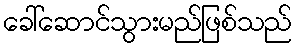
ခေါ်ဆောင်သွားမည်ဖြစ်သည်